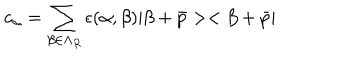
LaTeX: c _ { \alpha } = \sum _ { \beta \in \Lambda _ { R } } \epsilon ( \alpha , \beta ) | \beta + \bar { p } > < \beta + \bar { p } |